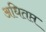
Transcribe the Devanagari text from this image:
अधितप्त